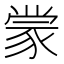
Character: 𫎇